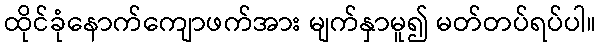
ထိုင်ခုံနောက်ကျောဖက်အား မျက်နှာမူ၍ မတ်တပ်ရပ်ပါ။